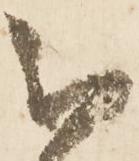
被